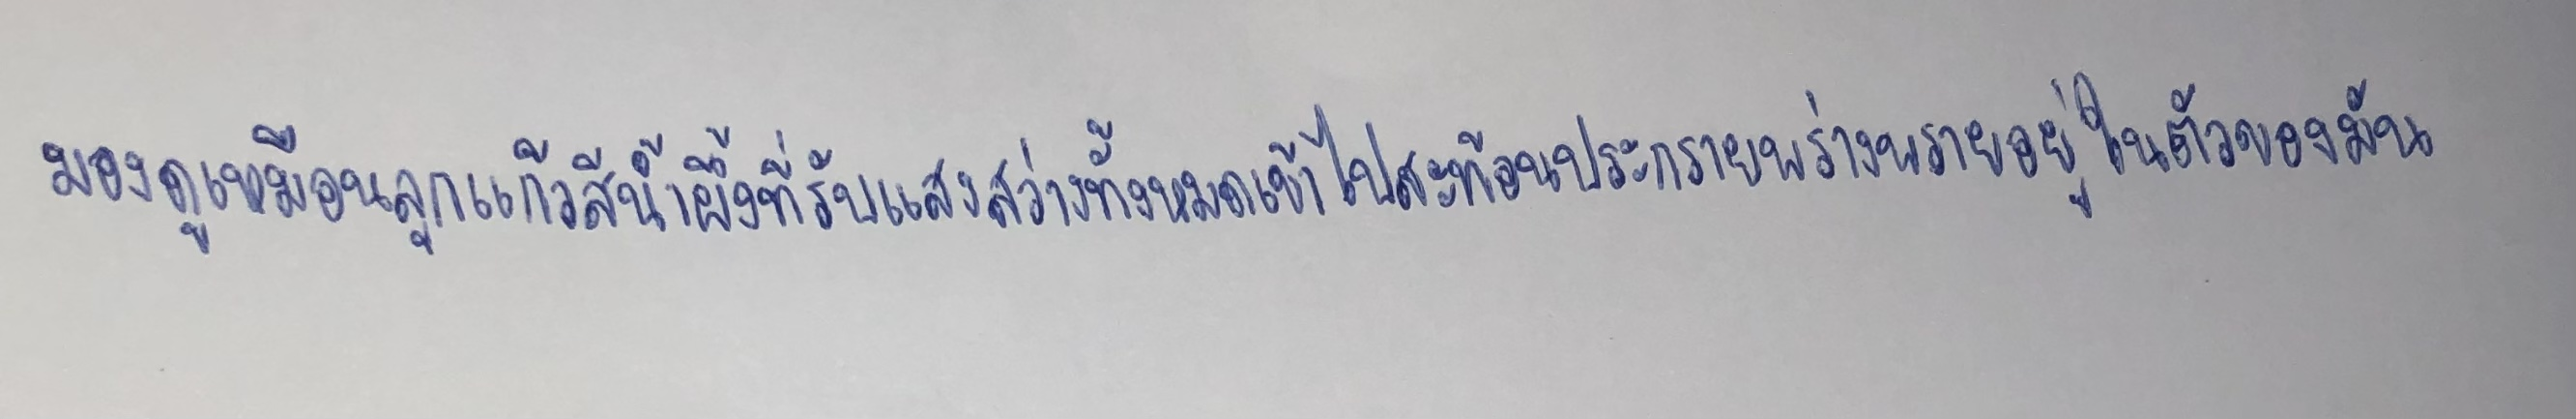
มองดูเหมือนลูกแก้วสีน้ำผึ้งที่รับแสงสว่างทั้งหมดเข้าไปสะท้อนประกายพร่างพรายอยู่ในตัวของมัน